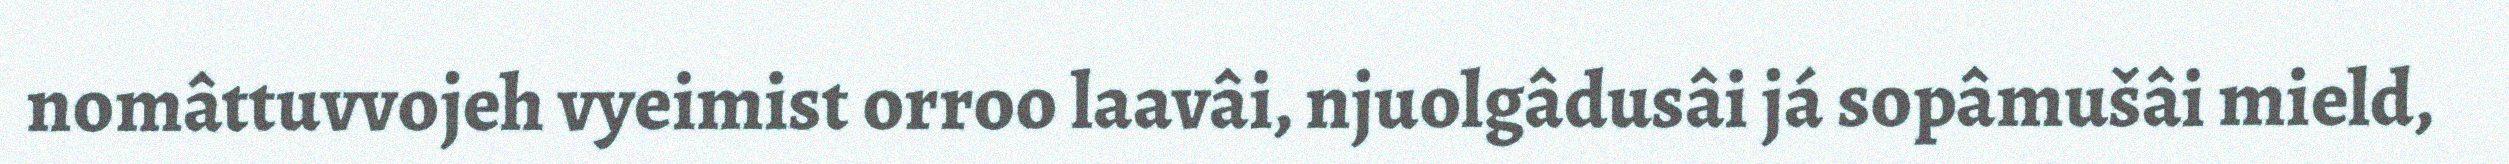
nomâttuvvojeh vyeimist orroo laavâi, njuolgâdusâi já sopâmušâi mield,